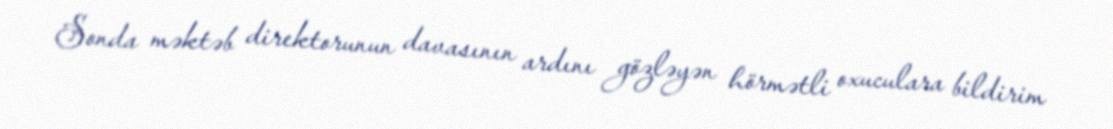
Sonda məktəb direktorunun davasının ardını gözləyən hörmətli oxuculara bildirim